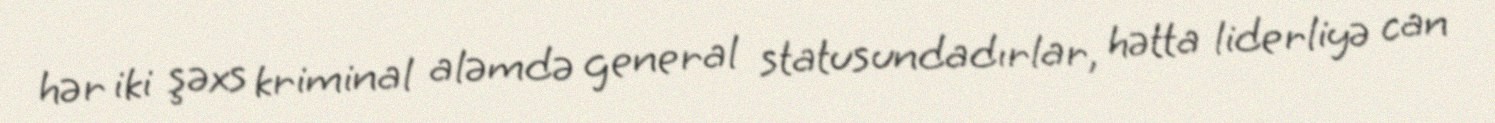
hər iki şəxs kriminal aləmdə general statusundadırlar, hətta liderliyə can